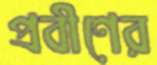
প্রবীণের